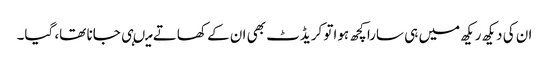
ان کی دیکھ ریکھ میں ہی سارا کچھ ہواتو کریڈٹ بھی ان کے کھاتے میںہی جانا تھا، گیا۔